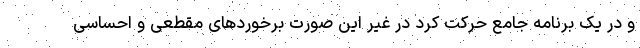
و در یک برنامه جامع حرکت کرد در غیر این صورت برخوردهای مقطعی و احساسی